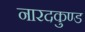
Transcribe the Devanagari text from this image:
नारदकुण्ड